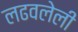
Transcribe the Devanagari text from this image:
लढवलेली